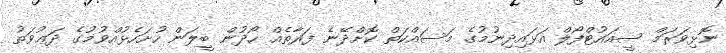
ނޮޅިވަރަމް ސީއައުޓްފޯލް އަޅައިދިނުމުގެ މަސައްކަތް ކޮށްދޭނެ ފަރާތެއް ހޯދުން ބީލަން ހުށަހެޅުއްވުމުގެ ދަޢުވަތު